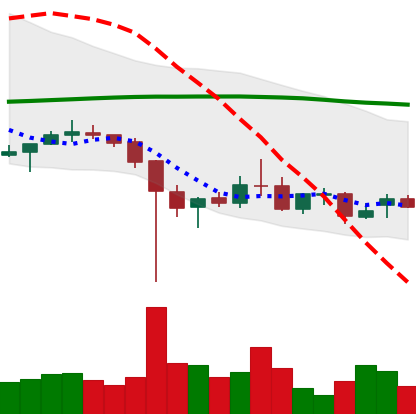
Ticker: XRP-USD
Chart end date: 2021-12-16
Forward return: 17.54%
Label: up_7plus